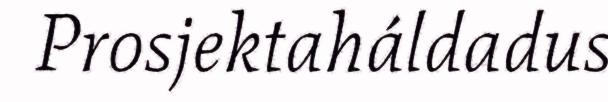
Prosjektaháldadus